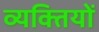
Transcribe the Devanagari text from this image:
व्‍यक्‍ितयों